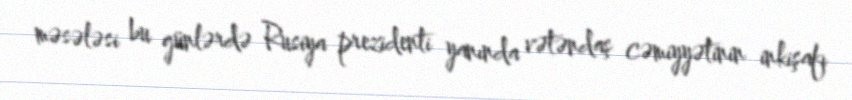
məsələsi bu günlərdə Rusiya prezidenti yanında vətəndaş cəmiyyətinin inkişafı